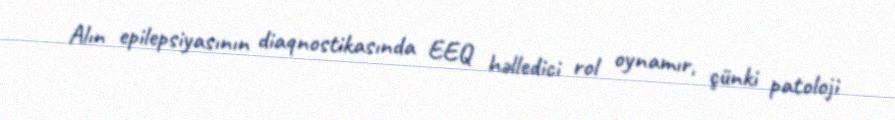
Alın epilepsiyasının diaqnostikasında EEQ həlledici rol oynamır, çünki patoloji